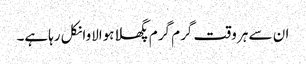
ان سے ہر وقت گرم گرم پگھلاہوالاوانکل رہاہے۔